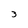
Character: 3